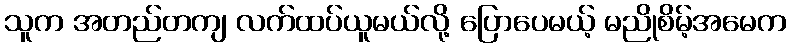
သူက အတည်တကျ လက်ထပ်ယူမယ်လို့ ပြောပေမယ့် မညိုစိမ့်အမေက